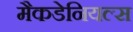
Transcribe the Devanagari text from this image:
मैकडेनियल्स